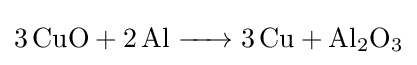
{\ce {3CuO + 2Al -> 3Cu + Al2O3}}